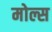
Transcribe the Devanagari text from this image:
मोल्स